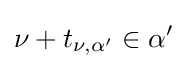
\nu +t_{\nu ,\alpha '}\in \alpha '